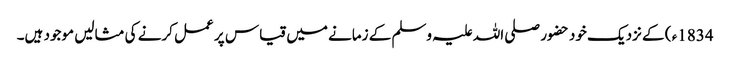
1834ء ) کے نزدیک خود حضور صلی اللہ علیہ وسلم کے زمانے میں قیاس پر عمل کرنے کی مثالیں موجود ہیں۔